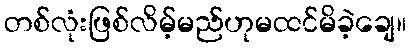
တစ်လုံးဖြစ်လိမ့်မည်ဟုမထင်မိခဲ့ချေ။